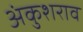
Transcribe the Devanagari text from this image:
अंकुशराव